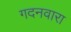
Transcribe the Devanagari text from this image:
गदनवारा